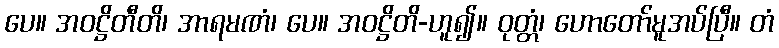
ပေ။ အဝဋ္ဌိတီတိ၊ အာရမဏံ၊ ပေ။ အဝဋ္ဌိတိ-ဟူ၍။ ဝုတ္တံ၊ ဟောတော်မူအပ်ပြီ။ တံ